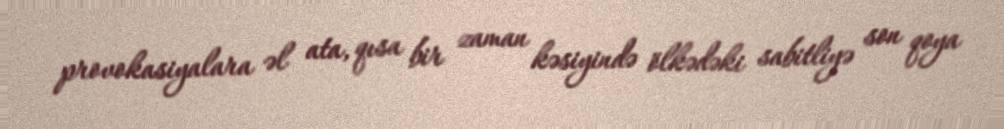
provokasiyalara əl ata, qısa bir zaman kəsiyində ölkədəki sabitliyə son qoya